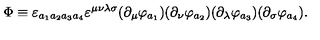
\Phi \equiv \varepsilon _ { a _ { 1 } a _ { 2 } a _ { 3 } a _ { 4 } } \varepsilon ^ { \mu \nu \lambda \sigma } ( \partial _ { \mu } \varphi _ { a _ { 1 } } ) ( \partial _ { \nu } \varphi _ { a _ { 2 } } ) ( \partial _ { \lambda } \varphi _ { a _ { 3 } } ) ( \partial _ { \sigma } \varphi _ { a _ { 4 } } ) .